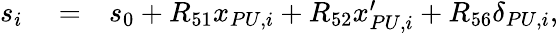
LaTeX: \begin{array}{rlr}{s_{i}}&{{}=}&{s_{0}+R_{51}x_{PU,i}+R_{52}x_{PU,i}^{\prime}+R_{56}\delta_{PU,i},}\end{array}